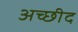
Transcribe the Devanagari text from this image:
अच्छीद